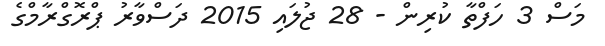
މަސް 3 ހަފްތާ ކުރިން - 28 ޖުލައި 2015 ދަސްވާރު ޕްރޮގްރާމްގެ